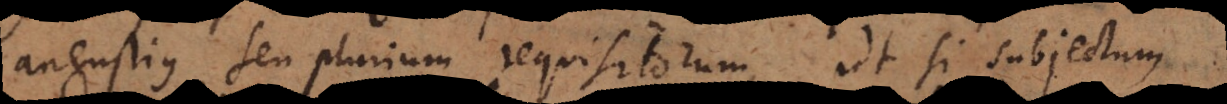
angustius seu plurium requisitorum, ut si subjectum